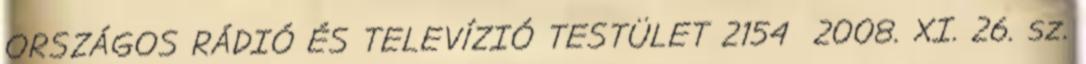
ORSZÁGOS RÁDIÓ ÉS TELEVÍZIÓ TESTÜLET 2154 2008. XI. 26. sz.